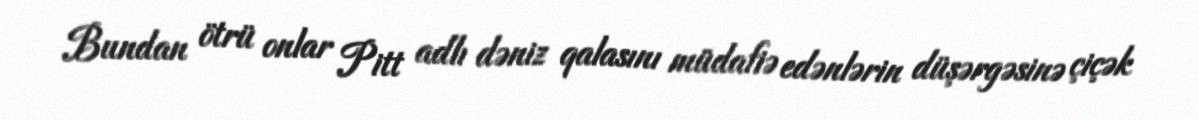
Bundan ötrü onlar Pitt adlı dəniz qalasını müdafiə edənlərin düşərgəsinə çiçək